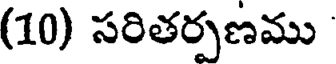
(10) సరితర్పణము